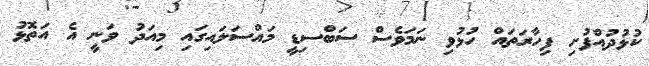
ކުޅުދުއްފުށި ފިހާރަތައް ހުޅުވި ނަމަވެސް ސަބްސިޑީ މައްސަލައިގައި މިއަދު ވަނީ އެ އަތޮޅު